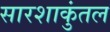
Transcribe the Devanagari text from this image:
सारशाकुंतल